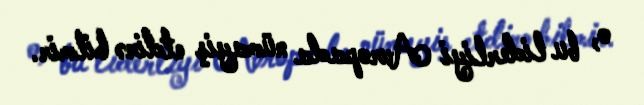
o, bu liderliyi Avropada nümayiş etdirə bilmir.